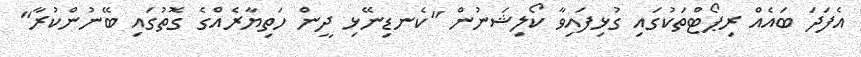
އެފަދަ ބައެއް ރިޕޯޓްތަކުގައި ގުޅިފައިވާ ކޯލިޝަނުން "ކެނޑިނޭޅި ދީން ހަތިޔާރެއްގެ ގޮތުގައި ބޭނުންކުރާ"